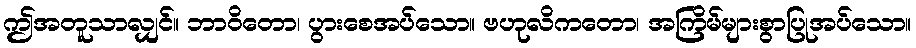
ဤအတူသာလျှင်။ ဘာဝိတော၊ ပွားစေအပ်သော။ ဗဟုလိကတော၊ အကြိမ်များစွာပြုအပ်သော။